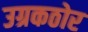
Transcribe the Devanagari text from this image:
उग्रकठोर